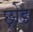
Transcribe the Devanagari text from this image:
छ़ोड